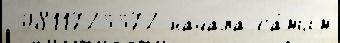
 0811723372 начала са́мым